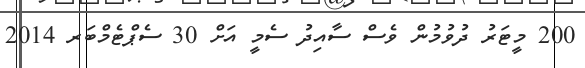
200 މީޓަރު ދުވުމުން ވެސް ސާއިދު ސެމީ އަށް 30 ސެޕްޓެމްބަރ 2014